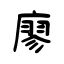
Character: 廖